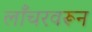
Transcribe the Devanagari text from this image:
लाँचरवरून